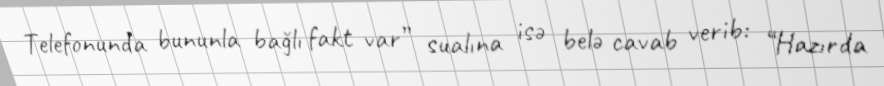
Telefonunda bununla bağlı fakt var” sualına isə belə cavab verib: “Hazırda